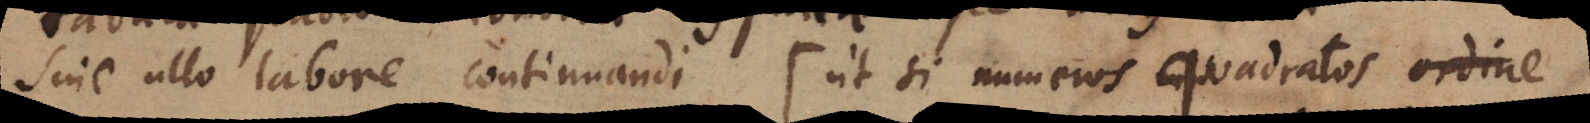
sine ullo labore continuandi (ut si numeros quadratos ordine